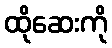
ထိုဆေးကို